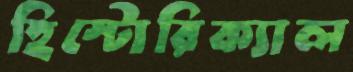
হিস্টোরিক্যাল